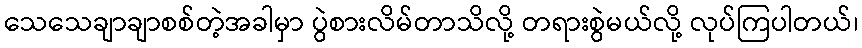
သေသေချာချာစစ်တဲ့အခါမှာ ပွဲစားလိမ်တာသိလို့ တရားစွဲမယ်လို့ လုပ်ကြပါတယ်၊